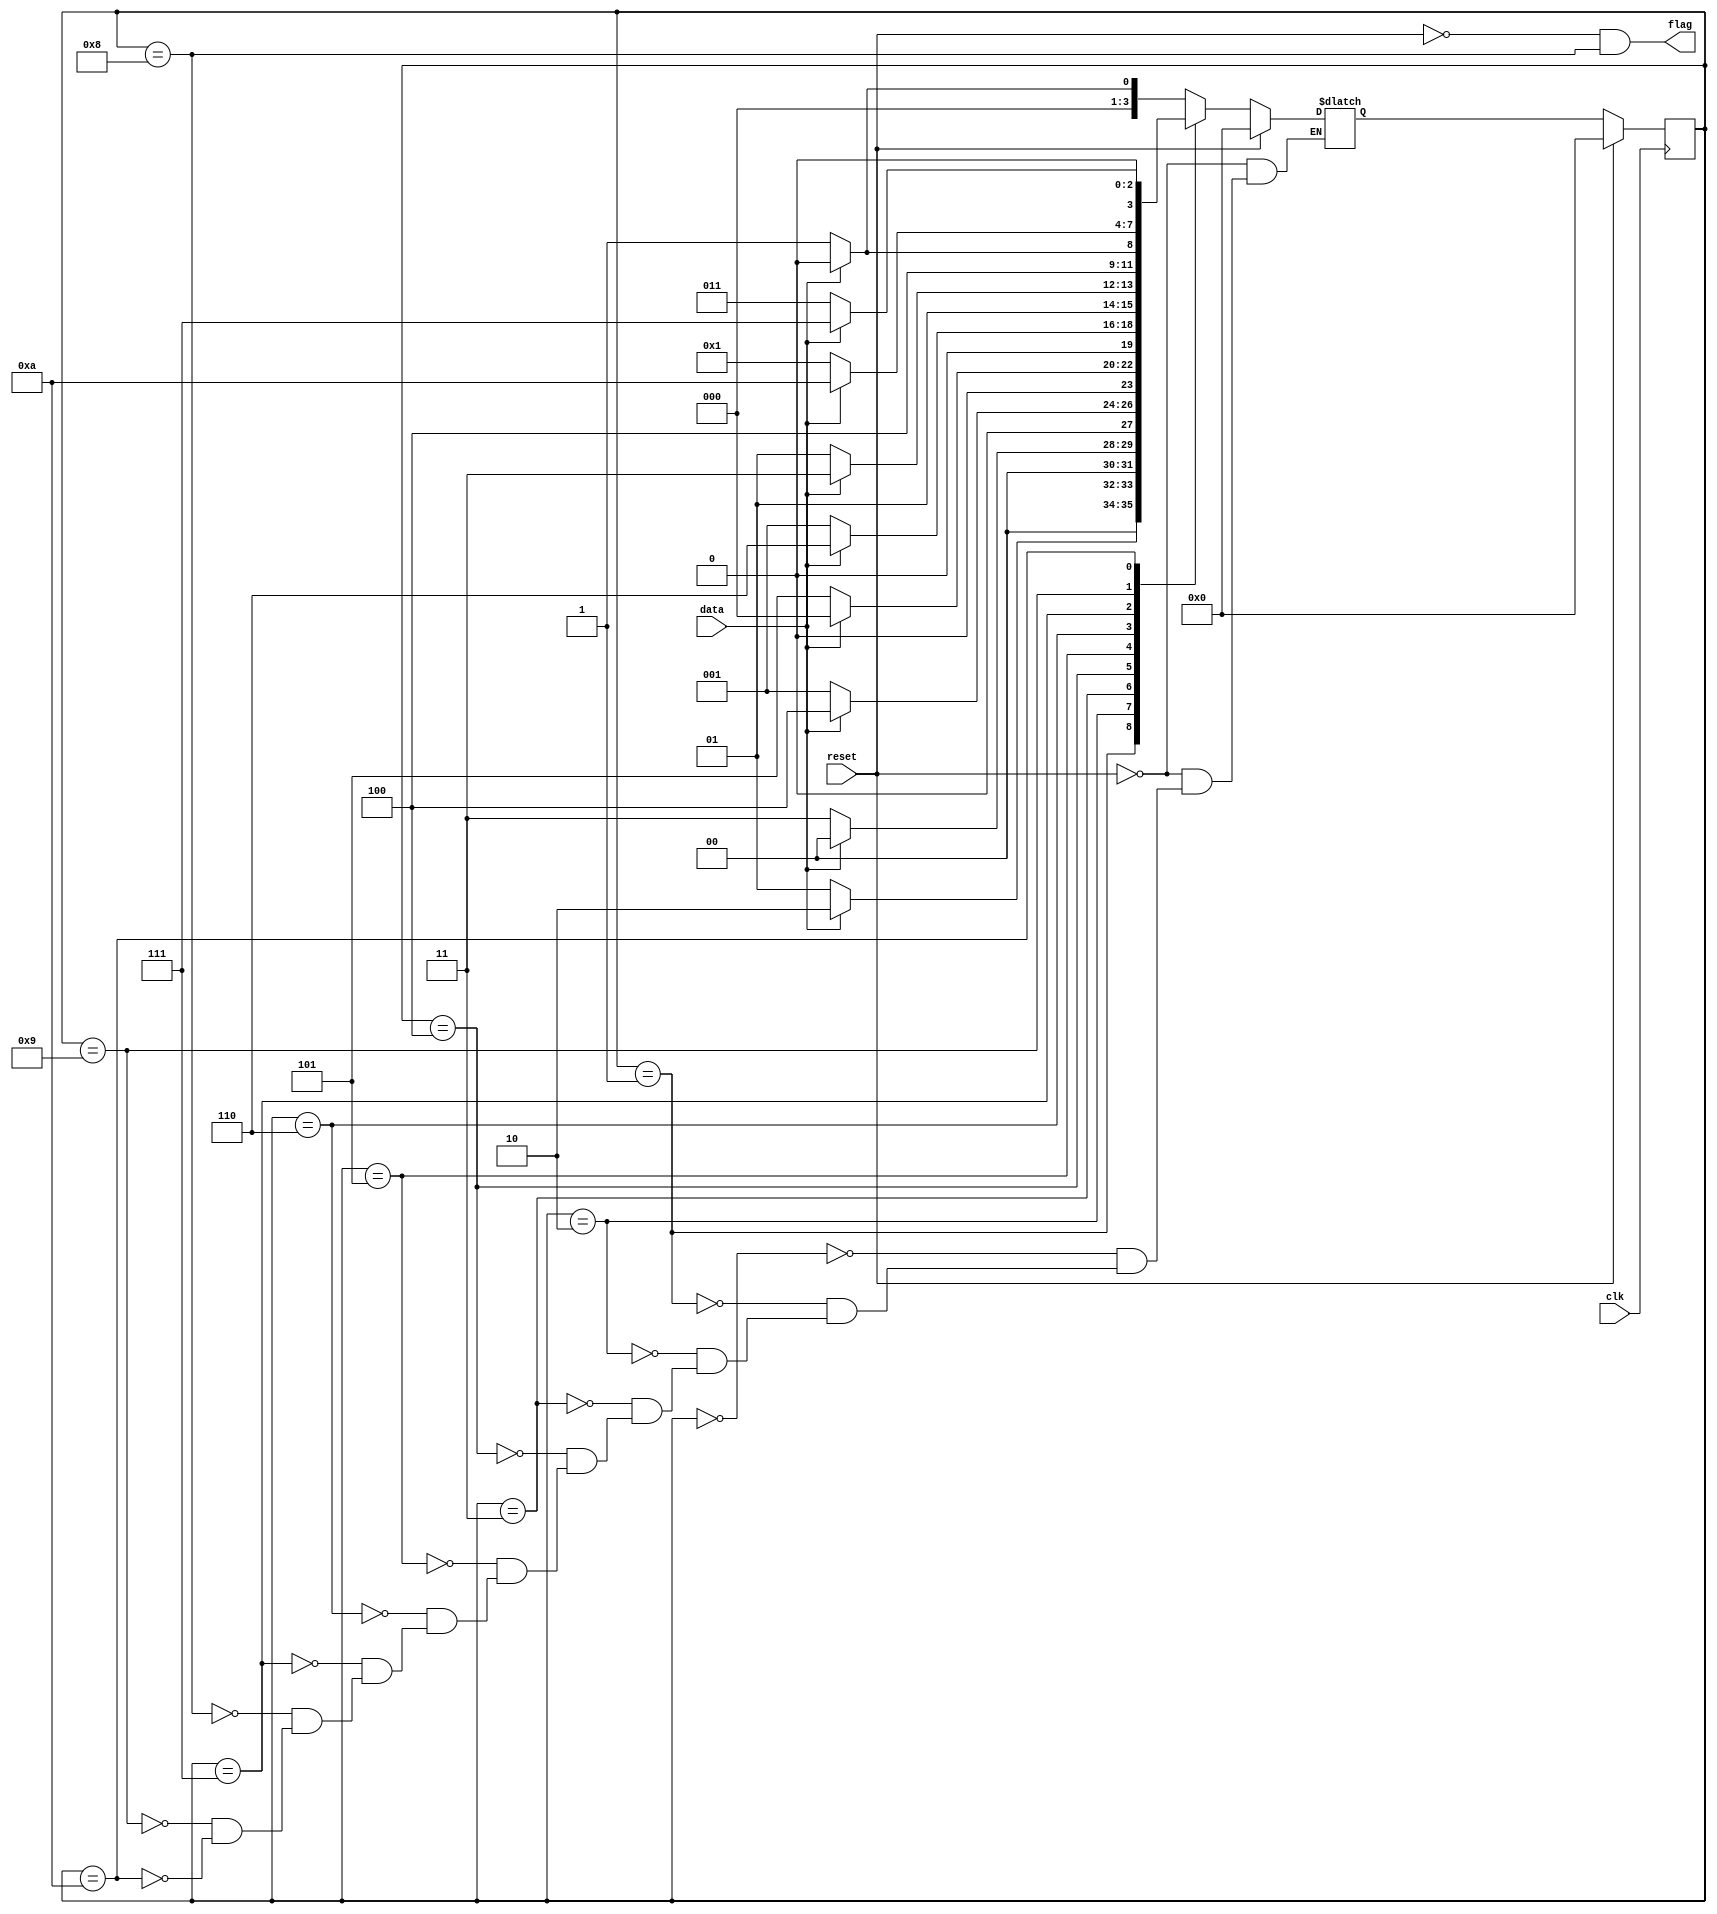
module PAT(clk, reset, data, flag);
	
	input clk, reset, data;
	output flag;

	parameter A = 4'd0, B = 4'd1, C = 4'd2, D = 4'd3, E = 4'd4, F = 4'd5, G = 4'd6, H = 4'd7, I = 4'd8, J = 4'd9, K = 4'd10;
	reg[3 : 0] state, next;

	always @(*)
		if (reset)
			next = A;
		else
			case (state)
				A: next = data ? A : B;
				B: next = data ? C : B;
				C: next = data ? A : D;
				D: next = data ? E : B;
				E: next = data ? A : F;
				F: next = data ? G : B;
				G: next = data ? H : F;
				H: next = data ? I : J;
				I: next = data ? A : B;
				J: next = data ? K : B;
				K: next = data ? H : D;
			endcase

	assign flag = !reset && state == I;

	always @(posedge clk)
		if (reset)
			state <= A;
		else
			state <= next;

endmodule